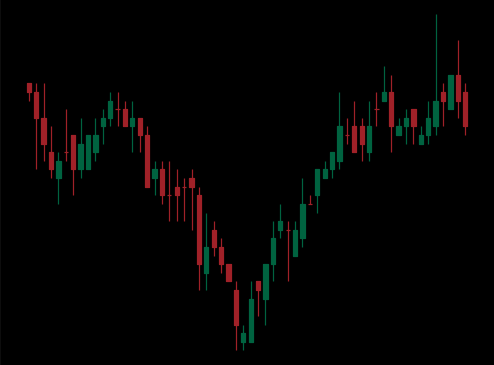
Pattern: inverse_head_shoulders